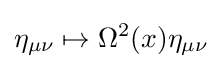
\eta _{\mu \nu }\mapsto \Omega ^{2}(x)\eta _{\mu \nu }